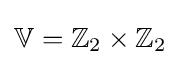
\mathbb {V} =\mathbb {Z} _{2}\times \mathbb {Z} _{2}